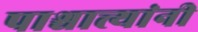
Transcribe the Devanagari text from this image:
पाश्चात्त्यांनी